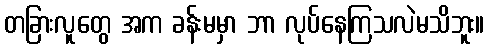
တခြားလူတွေ အက ခန်းမမှာ ဘာ လုပ်နေကြသလဲမသိဘူး။